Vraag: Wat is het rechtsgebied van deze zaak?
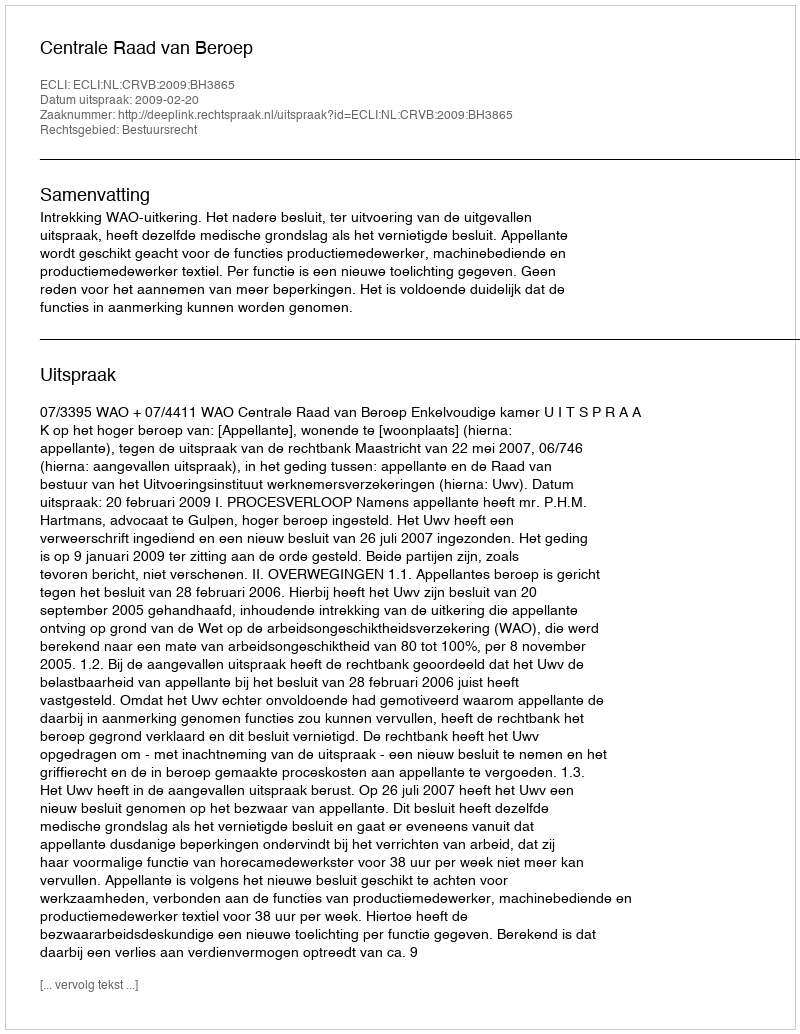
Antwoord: Bestuursrecht